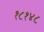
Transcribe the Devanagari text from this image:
१८१४८